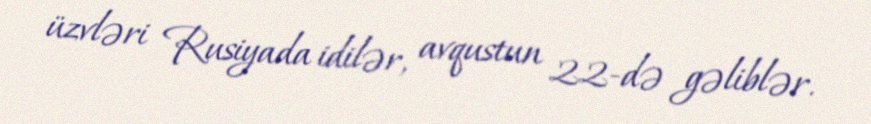
üzvləri Rusiyada idilər, avqustun 22-də gəliblər.